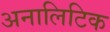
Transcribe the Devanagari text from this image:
अनालिटिक